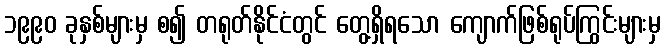
၁၉၉၀ ခုနှစ်များမှ စ၍ တရုတ်နိုင်ငံတွင် တွေ့ရှိရသော ကျောက်ဖြစ်ရုပ်ကြွင်းများမှ